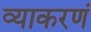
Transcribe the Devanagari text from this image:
व्याकरणं